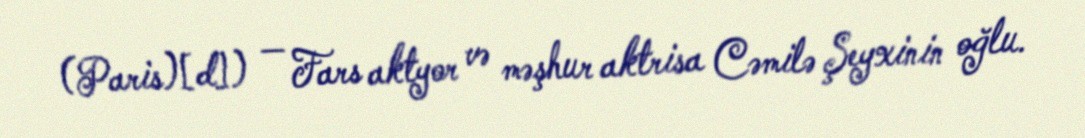
(Paris)[d]) — Fars aktyor və məşhur aktrisa Cəmilə Şeyxinin oğlu.